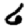
Digit: 6